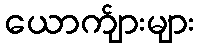
ယောက်ျားများ